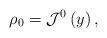
LaTeX: \begin{align*}\mathrm{\rho }_{0}=\mathcal{J}^{0}\left( y\right) ,\end{align*}